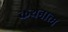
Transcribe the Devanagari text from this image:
कथनात्म